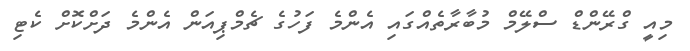
މިއީ ގްރޭންޑް ސްލޭމް މުބާރާތެއްގައި އެންމެ ފަހުގެ ޗެމްޕިއަން އެންމެ ދަށްކޮށް ކެޓި